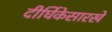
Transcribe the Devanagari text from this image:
दीर्घिकेसारखे